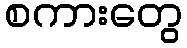
စကားတွေ